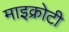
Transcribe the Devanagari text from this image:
माइक्रोटी